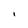
Character: l